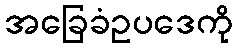
အခြေခံဥပဒေကို